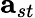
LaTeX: \mathbf{a}_{st}